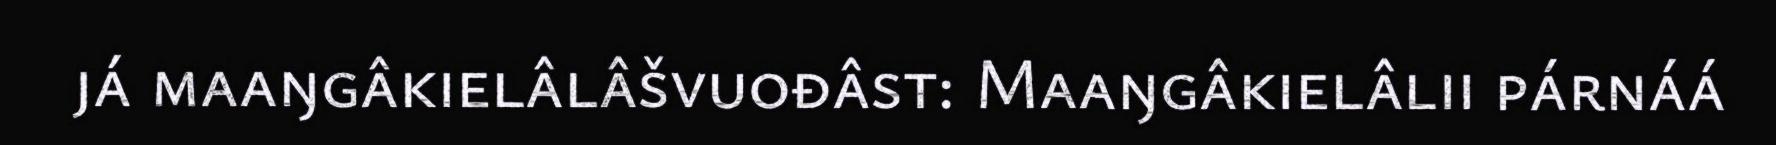
já maaŋgâkielâlâšvuođâst: Maaŋgâkielâlii párnáá